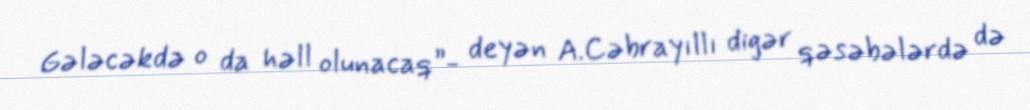
Gələcəkdə o da həll olunacaq”- deyən A.Cəbrayıllı digər qəsəbələrdə də